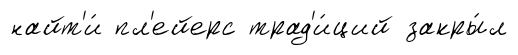
найт'и́ пл'ейерс трад'и́ций закры́л